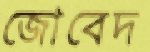
জোবেদ